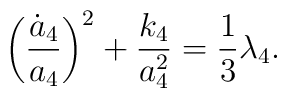
\biggl(\frac{{\dot a}_4}{a_4}\biggr)^2+\frac{k_4}{a^2_4}=\frac{1}{3}\lambda_4.